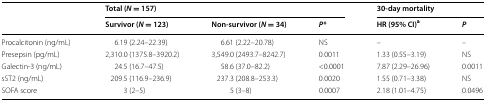
<table><thead><tr><td rowspan="2"></td><td colspan="3"><b>Total (<i>N</i> = 157)</b></td><td colspan="2"><b>30-day mortality</b></td></tr><tr><td><b>Survivor (<i>N</i> = 123)</b></td><td><b>Non-survivor (<i>N</i> = 34)</b></td><td><b><i>P</i>*</b></td><td><b>HR (95% CI)<sup>a</sup></b></td><td><b><i>P</i></b></td></tr></thead><tbody><tr><td>Procalcitonin (ng/mL)</td><td>6.19 (2.24–22.39)</td><td>6.61 (2.22–20.78)</td><td>NS</td><td>–</td><td>–</td></tr><tr><td>Presepsin (pg/mL)</td><td>2,310.0 (1375.8–3920.2)</td><td>3,549.0 (2493.7–8242.7)</td><td>0.0011</td><td>1.33 (0.55–3.19)</td><td>NS</td></tr><tr><td>Galectin-3 (ng/mL)</td><td>24.5 (16.7–47.5)</td><td>58.6 (37.0–82.2)</td><td>&lt;0.0001</td><td>7.87 (2.29–26.96)</td><td>0.0011</td></tr><tr><td>sST2 (ng/mL)</td><td>209.5 (116.9–236.9)</td><td>237.3 (208.8–253.3)</td><td>0.0020</td><td>1.55 (0.71–3.38)</td><td>NS</td></tr><tr><td>SOFA score</td><td>3 (2–5)</td><td>5 (3–8)</td><td>0.0007</td><td>2.18 (1.01–4.75)</td><td>0.0496</td></tr></tbody></table>